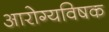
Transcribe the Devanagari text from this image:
आरोग्यविषक